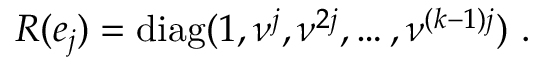
R ( e _ { j } ) = \mathrm { d i a g } ( 1 , \nu ^ { j } , \nu ^ { 2 j } , \ldots , \nu ^ { ( k - 1 ) j } ) \, \, .